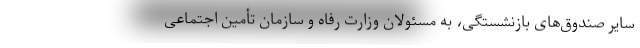
سایر صندوق‌های بازنشستگی، به مسئولان وزارت رفاه و سازمان تأمین اجتماعی